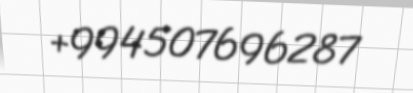
+994507696287